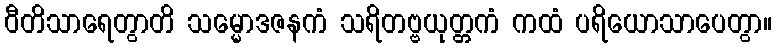
ဝီတိသာရေတွာတိ သမ္မောဒဇနကံ သရိတဗ္ဗယုတ္တကံ ကထံ ပရိယောသာပေတွာ။